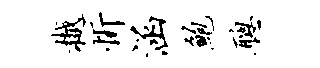
樾忻涵鲍聪